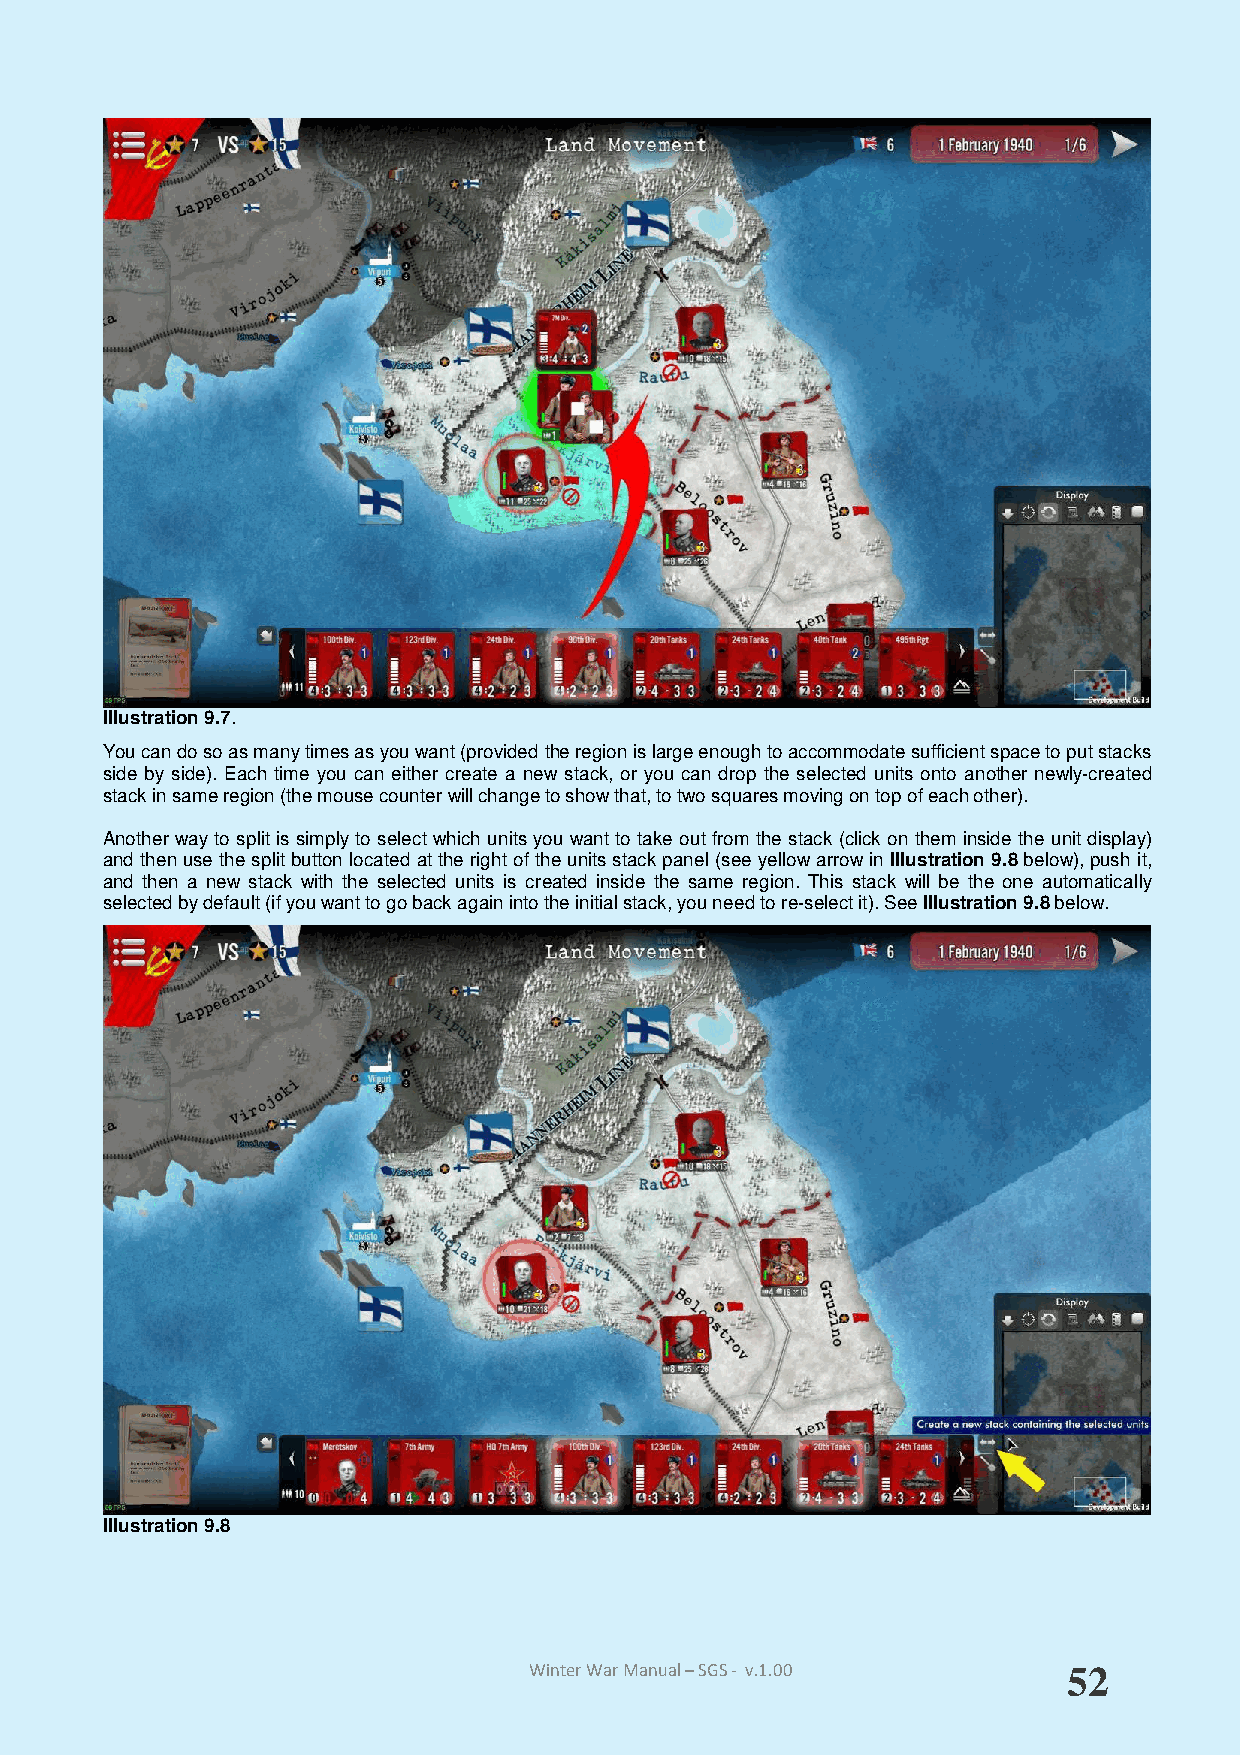
Illustration 9.7.
 You can do so as many times as you want (provided the region is large enough to accommodate sufficient space to put stacks
 side by side). Each time you can either create a new stack, or you can drop the selected units onto another newly-created
 stack in same region (the mouse counter will change to show that, to two squares moving on top of each other).
 Another way to split is simply to select which units you want to take out from the stack (click on them inside the unit display)
 and then use the split button located at the right of the units stack panel (see yellow arrow in Illustration 9.8 below), push it,
 and then a new stack with the selected units is created inside the same region. This stack will be the one automatically
 selected by default (if you want to go back again into the initial stack, you need to re-select it). See Illustration 9.8 below.
 Illustration 9.8
 Winter War Manual – SGS - v.1.00    52